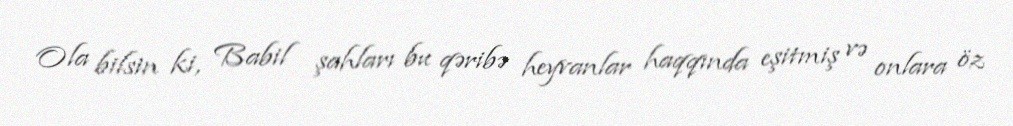
Ola bilsin ki, Babil şahları bu qəribə heyvanlar haqqında eşitmiş və onlara öz